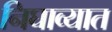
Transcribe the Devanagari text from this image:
निघाव्यात